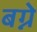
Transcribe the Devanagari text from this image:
बग्ने